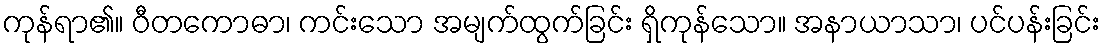
ကုန်ရာ၏။ ဝီတကောဓာ၊ ကင်းသော အမျက်ထွက်ခြင်း ရှိကုန်သော။ အနာယာသာ၊ ပင်ပန်းခြင်း